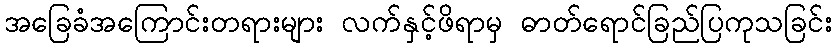
အခြေခံအကြောင်းတရားများ လက်နှင့်ဖိရာမှ ဓာတ်ရောင်ခြည်ပြကုသခြင်း